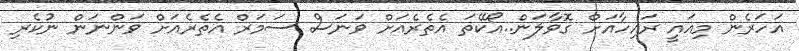
އަހަރެން މިއައީ ރައިހާއަށް ގޮވާލަން..އޯކޭތަ އެތެރެއަށް ވަނަސް ސަމަރް އެތެރެއަށް ވަންނަން ނުކެރި